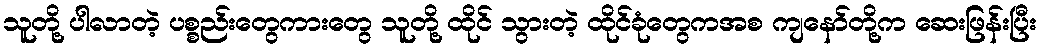
သူတို့ ပါလာတဲ့ ပစ္စည်းတွေကားတွေ သူတို့ ထိုင် သွားတဲ့ ထိုင်ခုံတွေကအစ ကျနော်တို့က ဆေးဖြန်းပြီး